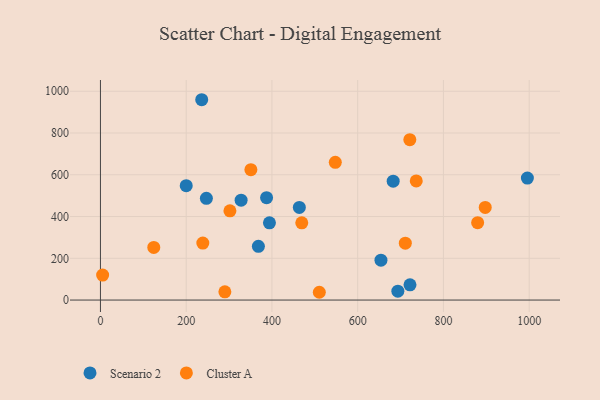
{"axis": {"x": "Investment", "y": "Profit"}, "legend": ["Cluster A", "Scenario 2"], "data": [{"x": "200.1", "y": 547.9, "type": "Scenario 2"}, {"x": "368.4", "y": 257.4, "type": "Scenario 2"}, {"x": "463.9", "y": 443.8, "type": "Scenario 2"}, {"x": "387.5", "y": 490.2, "type": "Scenario 2"}, {"x": "328.1", "y": 478.4, "type": "Scenario 2"}, {"x": "995.8", "y": 584.4, "type": "Scenario 2"}, {"x": "654.3", "y": 191.0, "type": "Scenario 2"}, {"x": "693.7", "y": 42.5, "type": "Scenario 2"}, {"x": "722.0", "y": 73.0, "type": "Scenario 2"}, {"x": "394.2", "y": 369.8, "type": "Scenario 2"}, {"x": "236.2", "y": 959.4, "type": "Scenario 2"}, {"x": "682.8", "y": 569.4, "type": "Scenario 2"}, {"x": "247.1", "y": 487.4, "type": "Scenario 2"}, {"x": "290.2", "y": 39.4, "type": "Cluster A"}, {"x": "736.6", "y": 570.6, "type": "Cluster A"}, {"x": "711.1", "y": 272.5, "type": "Cluster A"}, {"x": "302.0", "y": 427.4, "type": "Cluster A"}, {"x": "897.5", "y": 443.5, "type": "Cluster A"}, {"x": "879.8", "y": 370.8, "type": "Cluster A"}, {"x": "510.5", "y": 37.3, "type": "Cluster A"}, {"x": "238.8", "y": 273.1, "type": "Cluster A"}, {"x": "469.6", "y": 370.1, "type": "Cluster A"}, {"x": "721.6", "y": 768.0, "type": "Cluster A"}, {"x": "350.9", "y": 624.3, "type": "Cluster A"}, {"x": "547.8", "y": 659.6, "type": "Cluster A"}, {"x": "124.4", "y": 252.2, "type": "Cluster A"}, {"x": "5.1", "y": 119.7, "type": "Cluster A"}]}